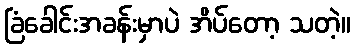
ခြံခေါင်းအခန်းမှာပဲ အိပ်တော့ သတဲ့။